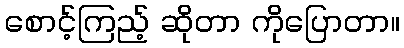
စောင့်ကြည့် ဆိုတာ ကိုပြောတာ။